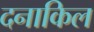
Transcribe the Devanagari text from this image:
दनाकिल